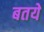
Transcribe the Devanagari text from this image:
बतये